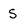
Character: S